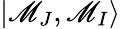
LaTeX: |\mathscr{M}_{J},\mathscr{M}_{I}\rangle